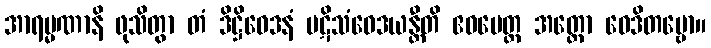
အာရမ္မဏာနိ ဖုသိတွာ တံ ဒိဋ္ဌိဝေဒနံ ပဋိသံဝေဒယန္တီတိ ဧဝမေတ္ထ အတ္ထော ဝေဒိတဗ္ဗော။